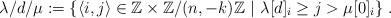
LaTeX: \begin{align*}\lambda /d/\mu :=\{\langle i,j\rangle \in \mathbb{Z}\times \mathbb{Z}/(n,-k)\mathbb{Z}~|~\lambda \lbrack d]_{i}\geq j>\mu \lbrack 0]_{i}\}\;.\end{align*}